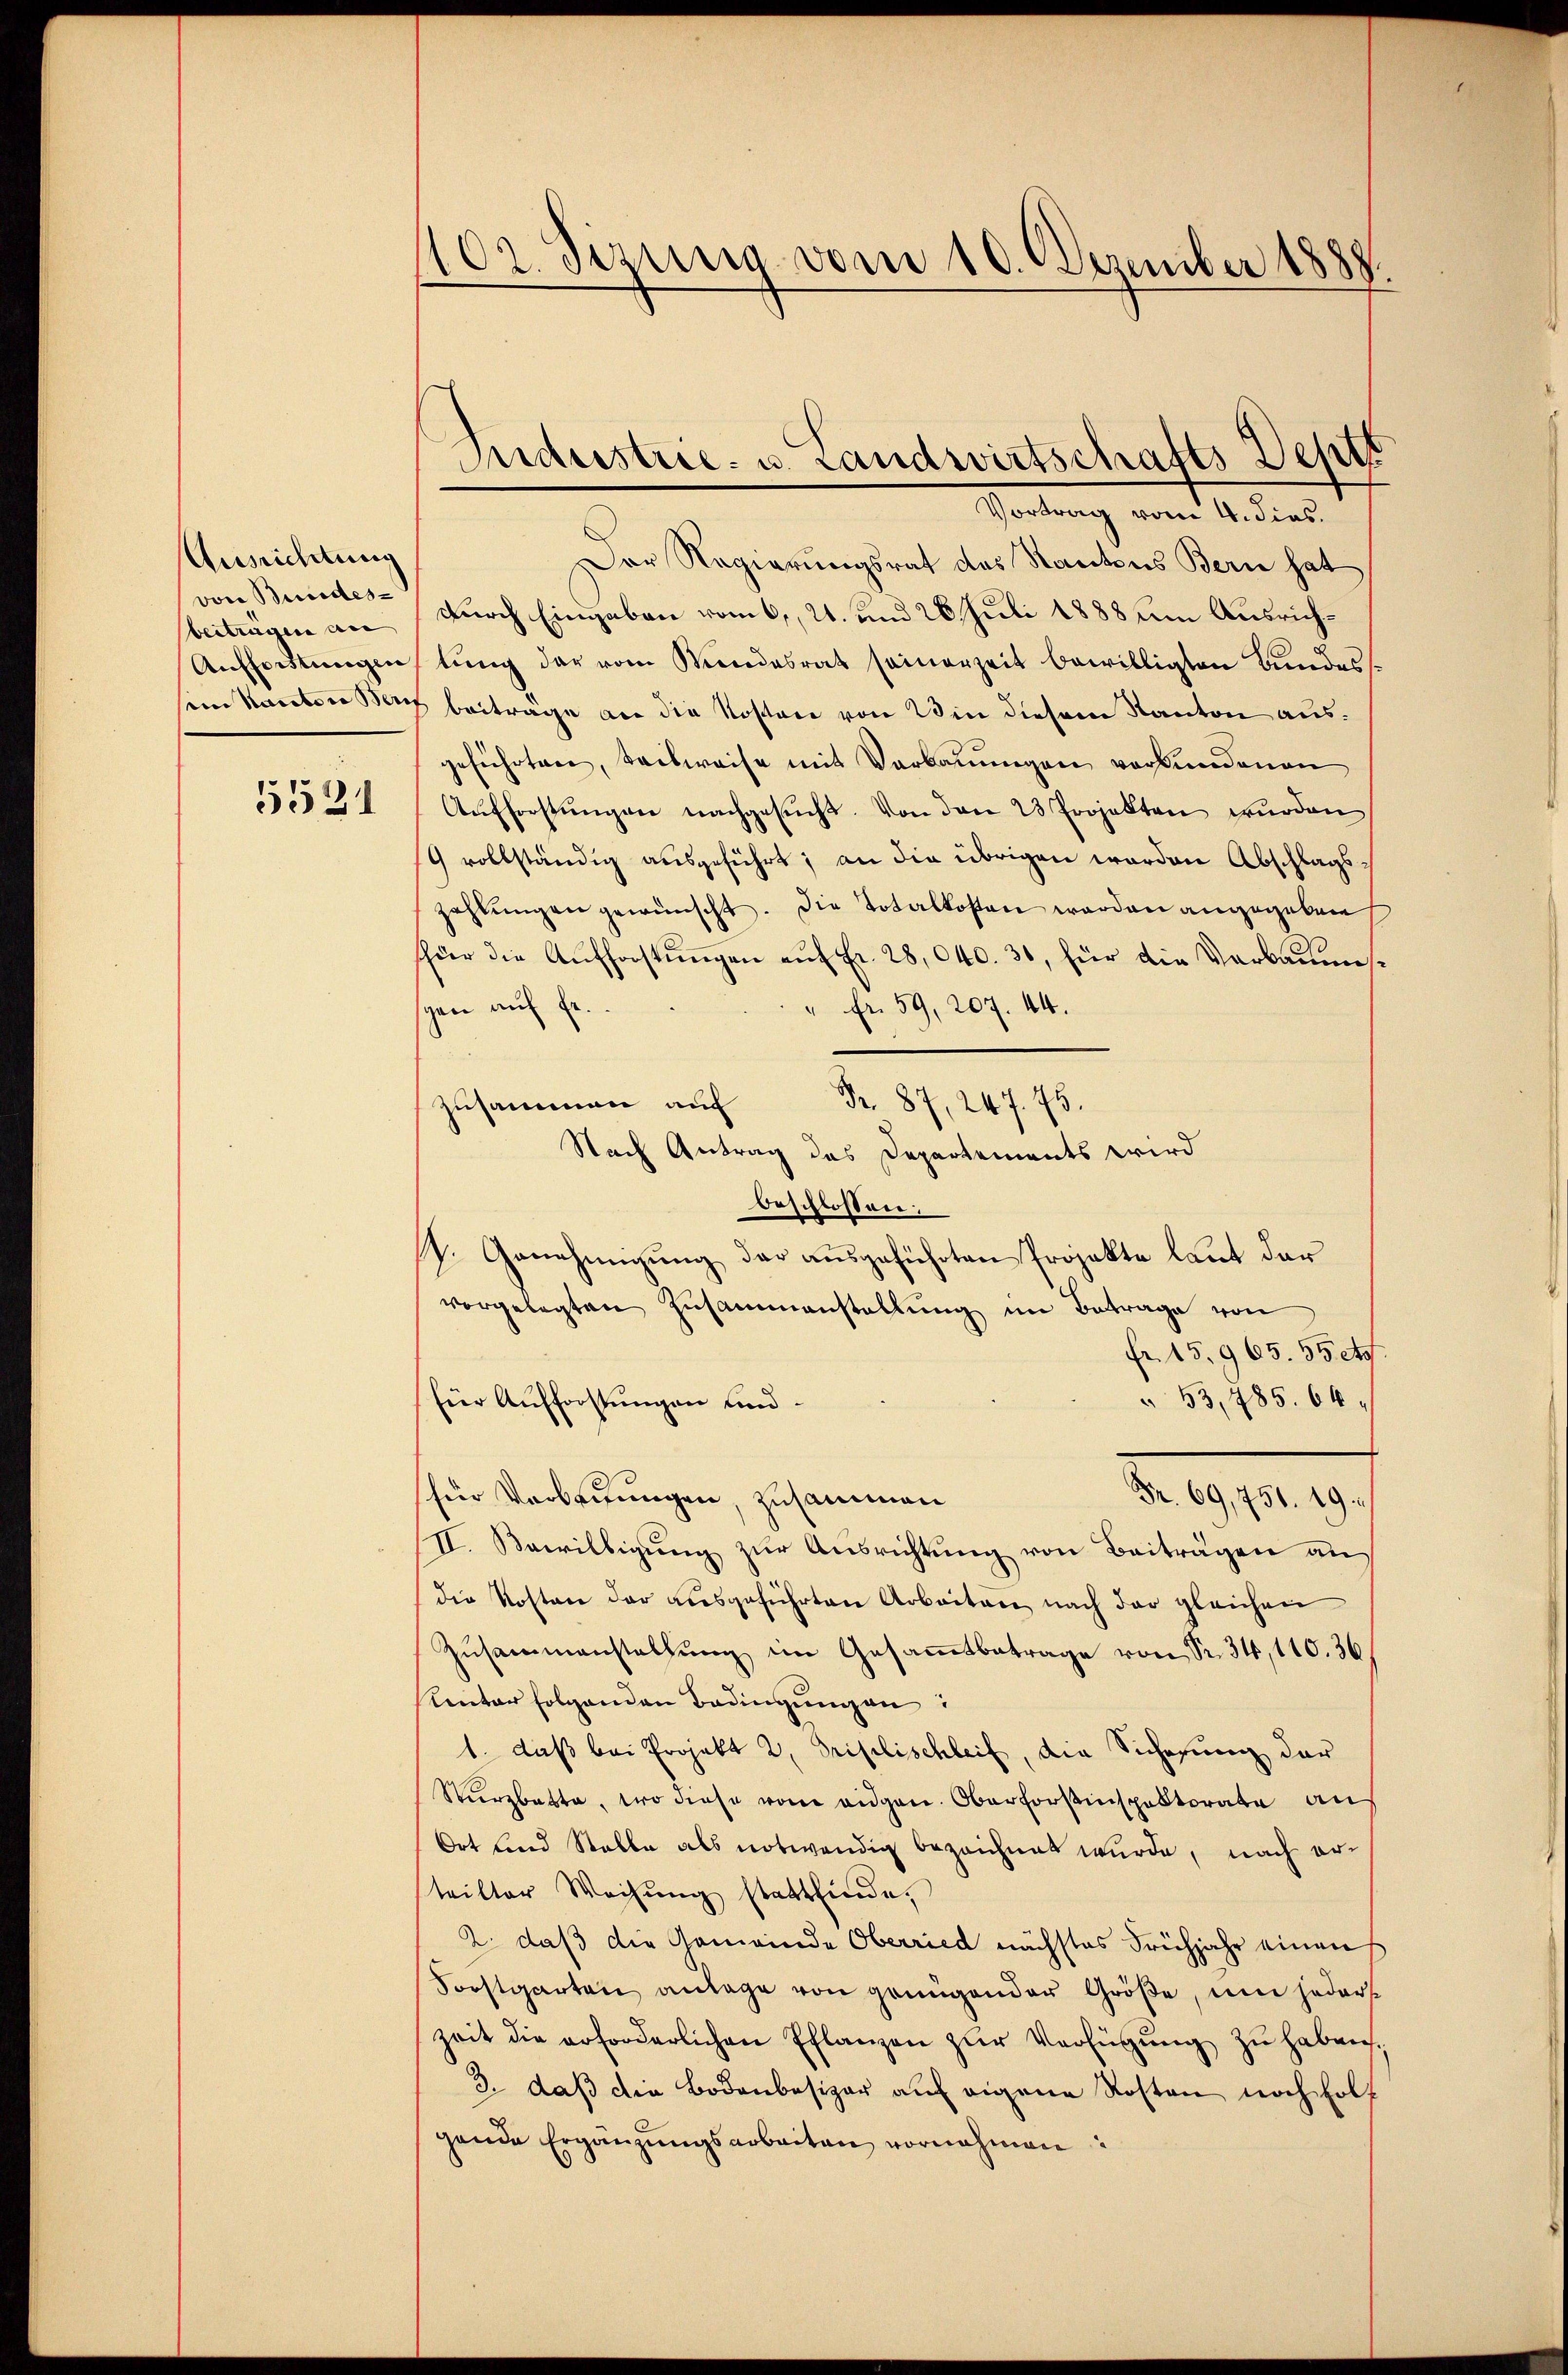
Ausrichtung
von Bundes-
beiträgen an |
Aufforstungen
ein Karatore Bern

5521

102. Sizung vom 10. Dezember 1888.

Industrie- u. Landwirtschafts Deput

Vortrag vom 4. dies
Der Regierungsrat das Kantons Bern hat
durch Eingaben vom 6. 21. und 28. Juli 1888 um Ausrichtung der vom Mendesrat seinerzeit bewilligten Bundesbeiträge an die Kosten von in diesem Kanton aus¬
.
geführten, beisweise mit Verbauungen verbundenen
Aŭfforstŭngen nachgesŭcht. Von den 23 Projekten wŭrden
9 vollständig ausgeführt; an die übrigen worden Abschlags
zahlŭngen gewünscht. Die Totalkosten werden angegeben
Eür die Aufforstŭngen auf Fr. 28,040. 31, für die Verbauensschen auf fr.
" Fr. 59, 207. 44.
Nr. 87, 247. 75.
zusammen auf
Nach Antrag das Departements wird
beschlossen:
P. Genehmigung der ausgeführten Projekte laut der
vorgelegten Zusammenstellung im Betrage von
fr. 15, 965. 95 etc.
§ 53,485. 64.
für Aufforstungen und
Fr. 69,751. 19.
hier Verbauungen, zusammen
II. Nawilligung zur Ausrichtung von Beiträgen an
die Kosten der ausgeführten Arbeiten nach der gleichen
Zusammenstellung im Gesammtbetrage von Nr. 34, 110. 36
Kentar folgenden Bedingungen:
1. daß bei Projekt 2. Triplischleif, die Sicherung der
Sŭrzbatte, wo diese vom eidgen. Oberforstinspektorate auf
Ort sind Stalle als notwendig bezeichnet wurde, nach ertritter Weisŭng stattfinde,
2. daß die Gemeinde Oberried nächstes Frühjahr einen
Forstgarten anlage von genügender Größe, um jeder
zeit die erforderlichen Pflanzen zur Verfügŭng zŭ haben.
3. daβ die Bodenbesizer aŭf eigene Kosten noch holf
gende Ergänzŭngsarbeiten vornehmen: